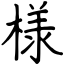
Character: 様